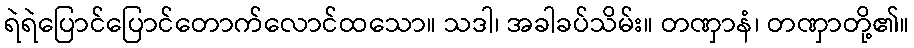
ရဲရဲပြောင်ပြောင်တောက်လောင်ထသော။ သဒါ၊ အခါခပ်သိမ်း။ တဏှာနံ၊ တဏှာတို့၏။